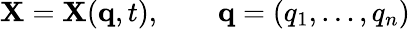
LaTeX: {\mathbf X}={\mathbf X}({\mathbf q},t),\qquad{\mathbf q}=(q_{1},\dots,q_{n})